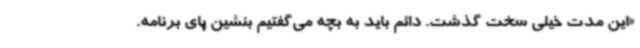
«این مدت خیلی سخت گذشت. دائم باید به بچه می‌گفتیم بنشین پای برنامه.